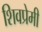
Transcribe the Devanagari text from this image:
शिवप्रेमी